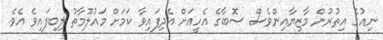
ނިއުގެ އިތުރުން މާޒިޔާއިންވެސް ސޮބާގެ އެހީއަށް އެދިފައިވާ ކަމަށް މައުލޫމާތު ލިބިފައިވެ އެވެ.